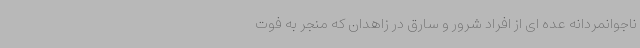
ناجوانمردانه عده ای از افراد شرور و سارق در زاهدان که منجر به فوت